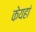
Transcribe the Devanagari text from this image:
केयहां